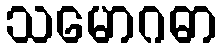
သမောဂဓာ